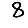
Digit: 8